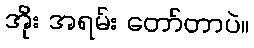
အိုး အရမ်း တော်တာပဲ။